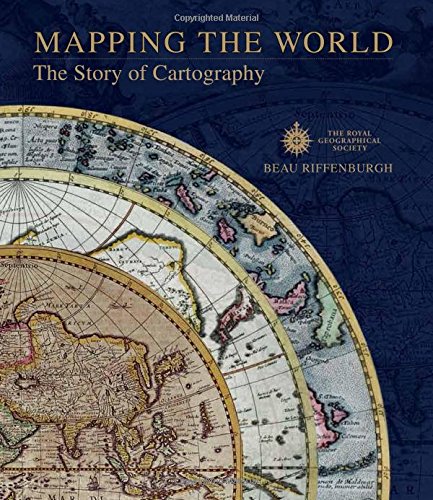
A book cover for Mapping the World: The Story of Cartography; Beau Riffenburgh; Science & Math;